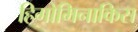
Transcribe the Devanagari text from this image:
हिगोमिनाकिस